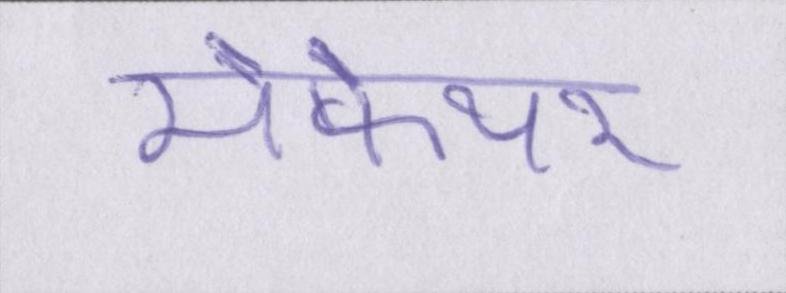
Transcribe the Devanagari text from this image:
मेफेयर